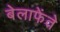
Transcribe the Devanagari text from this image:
बेलाफेंते